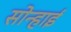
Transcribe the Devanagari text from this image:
सोन्हाई